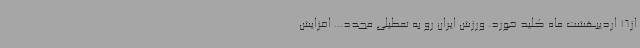
از16 اردیبهشت ماه کلید خورد. ورزش ایران رو به تعطیلی مجدد... افزایش